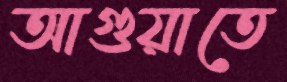
আগুয়াতে